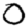
Digit: 0